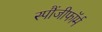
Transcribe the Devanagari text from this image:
स्पौंजीफॉर्म